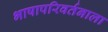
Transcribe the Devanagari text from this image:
भाषापरिवर्तनाला